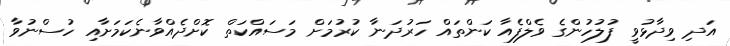
އަދި ވިދާޅުވީ ފުލުހުންގެ ވެލްފެއާ ކަންތައް ހަރުދަނާ ކުރުމަށް މަސައްކަތް ކޮށްދެއްވާނެކަމަށާއި ހުސްނުވާ